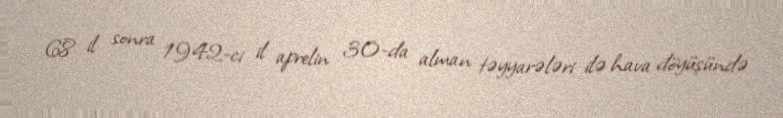
68 il sonra 1942-ci il aprelin 30-da alman təyyarələri ilə hava döyüşündə